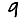
Digit: 9